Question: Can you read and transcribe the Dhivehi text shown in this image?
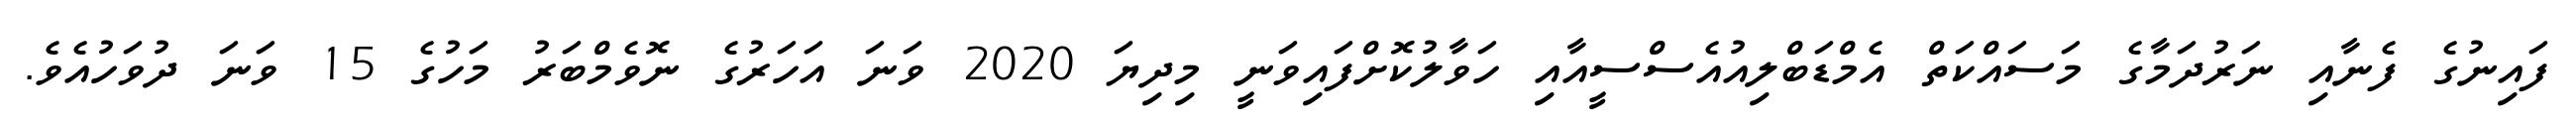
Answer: ފައިނުގެ ފެނާއި ނަރުދަމާގެ މަސައްކަތް އެމްޑަބްލިއުއެސްސީއާއި ހަވާލުކޮށްފައިވަނީ މިދިޔަ 2020 ވަނަ އަހަރުގެ ނޮވެމްބަރު މަހުގެ 15 ވަނަ ދުވަހުއެވެ.